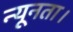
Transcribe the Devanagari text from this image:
न्यूनता।